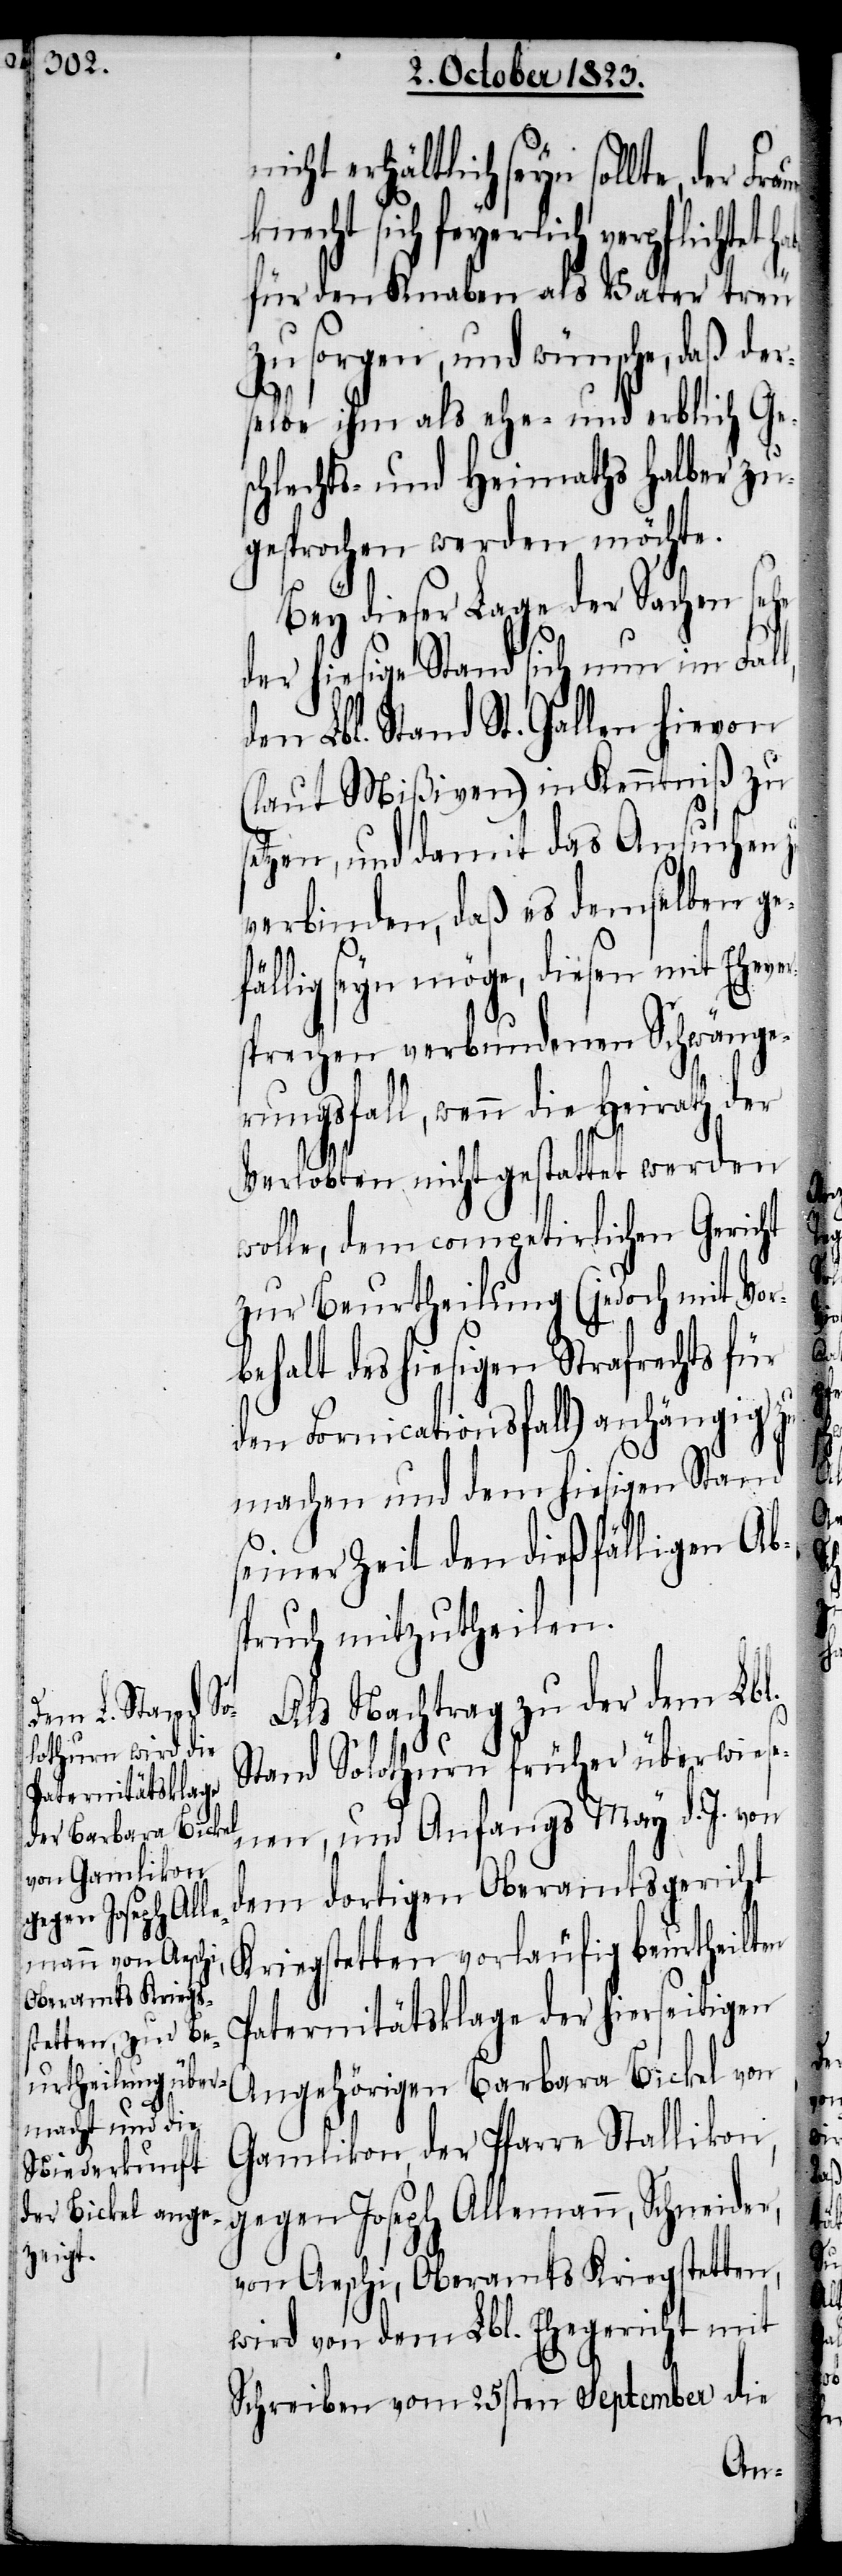
en

icht erhältlich seyn sollte, der
sich feyerlich verpflichtet
für den Knaben als Vater treu
zu sorgen, und wünsche, daß der¬
selbe ihm als ehe- und erblich Ges¬
chlechts- und Heimaths halber zu¬
gesprochen werden möchte.
Bey dieser Lage der Sachen sehe
der hiesige Stand sich nun im Fal¬
den Lbl. Stand St. Gallen hievon
(laut Mißiven) in Kenntniß zu
etzen, und damit das Ansuchen
verbinden, daß es demselben ge¬
fällig seyn möge, diesen mit Eheve¬
prechen verbundenen Schwänge¬
rungsfall, wenn die Heirath der
Verlobten nicht gestattet werden
wolle, dem competirlichen Gericht
zur Beurtheilung (jedoch mit Vor¬
behalt des hiesigen Strafrechts für
den Fornicationsfall) anhängig zu
machen und dem hiesigen Stand
seiner Zeit den dießfälligen Abs¬
pruch mitzutheilen.
Als Nachtrag zu der dem Lbl.
Stand Solothurn früher überwiese¬
nen, und Anfangs May d. J. von
dem dortigen Oberamtsgericht
iegsstetten vorläufig beurtheilt¬
Paternitätsklage der hierseitigen
Angehörigen Barbara Bickel von
Gamlikon, der Pfarre Stallikon,
gegen Joseph Allemann, Schneider,
von Aeschi, Oberamts Kriegstetten,
wird von dem Lbl. Ehegericht mit
Schreiben vom 25sten September die

n¬